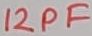
Text: 12PF